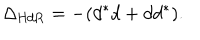
\Delta _ { \mathrm { H d R } } = - ( d ^ { * } d + d d ^ { * } ) .